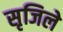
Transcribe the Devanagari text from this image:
सृजिले